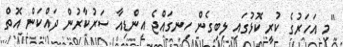
"މި އަހަރުގެ ކުރީ ކޮޅުގައި ލިބިގެން ހިނގައްޖެ އިންޑިއާ ސަރުކާރުން ދައްކަން އޮތް